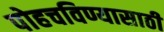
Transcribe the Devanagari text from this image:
पोहचविण्यासाठी